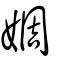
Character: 婤